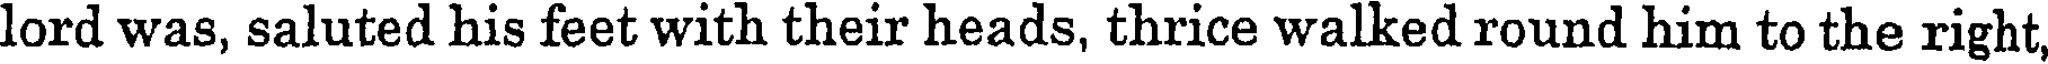
lord was, saluted his feet with their heads, thrice walked round him to the right